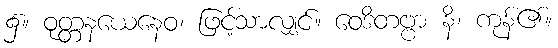
၌။ ဝုတ္တနယေနေဝ၊ ဖြင့်သာလျှင်။ ဝေဒိတဗ္ဗာ နိ၊ ကုန်၏။